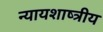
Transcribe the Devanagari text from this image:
न्यायशाष्त्रीय